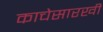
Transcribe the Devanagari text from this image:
काचेसारखी